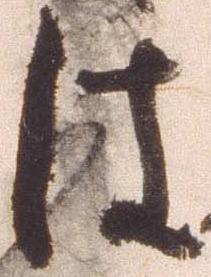
は